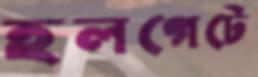
হলগেটে